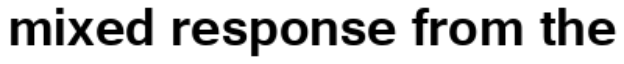
mixed response from the